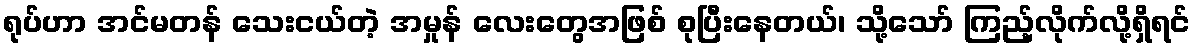
ရုပ်ဟာ အင်မတန် သေးငယ်တဲ့ အမှုန် လေးတွေအဖြစ် စုပြီးနေတယ်၊ သို့သော် ကြည့်လိုက်လို့ရှိရင်